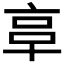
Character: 𠅖